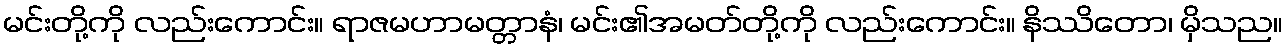
မင်းတို့ကို လည်းကောင်း။ ရာဇမဟာမတ္တာနံ၊ မင်း၏အမတ်တို့ကို လည်းကောင်း။ နိဿိတော၊ မှိသည။